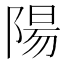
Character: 陽